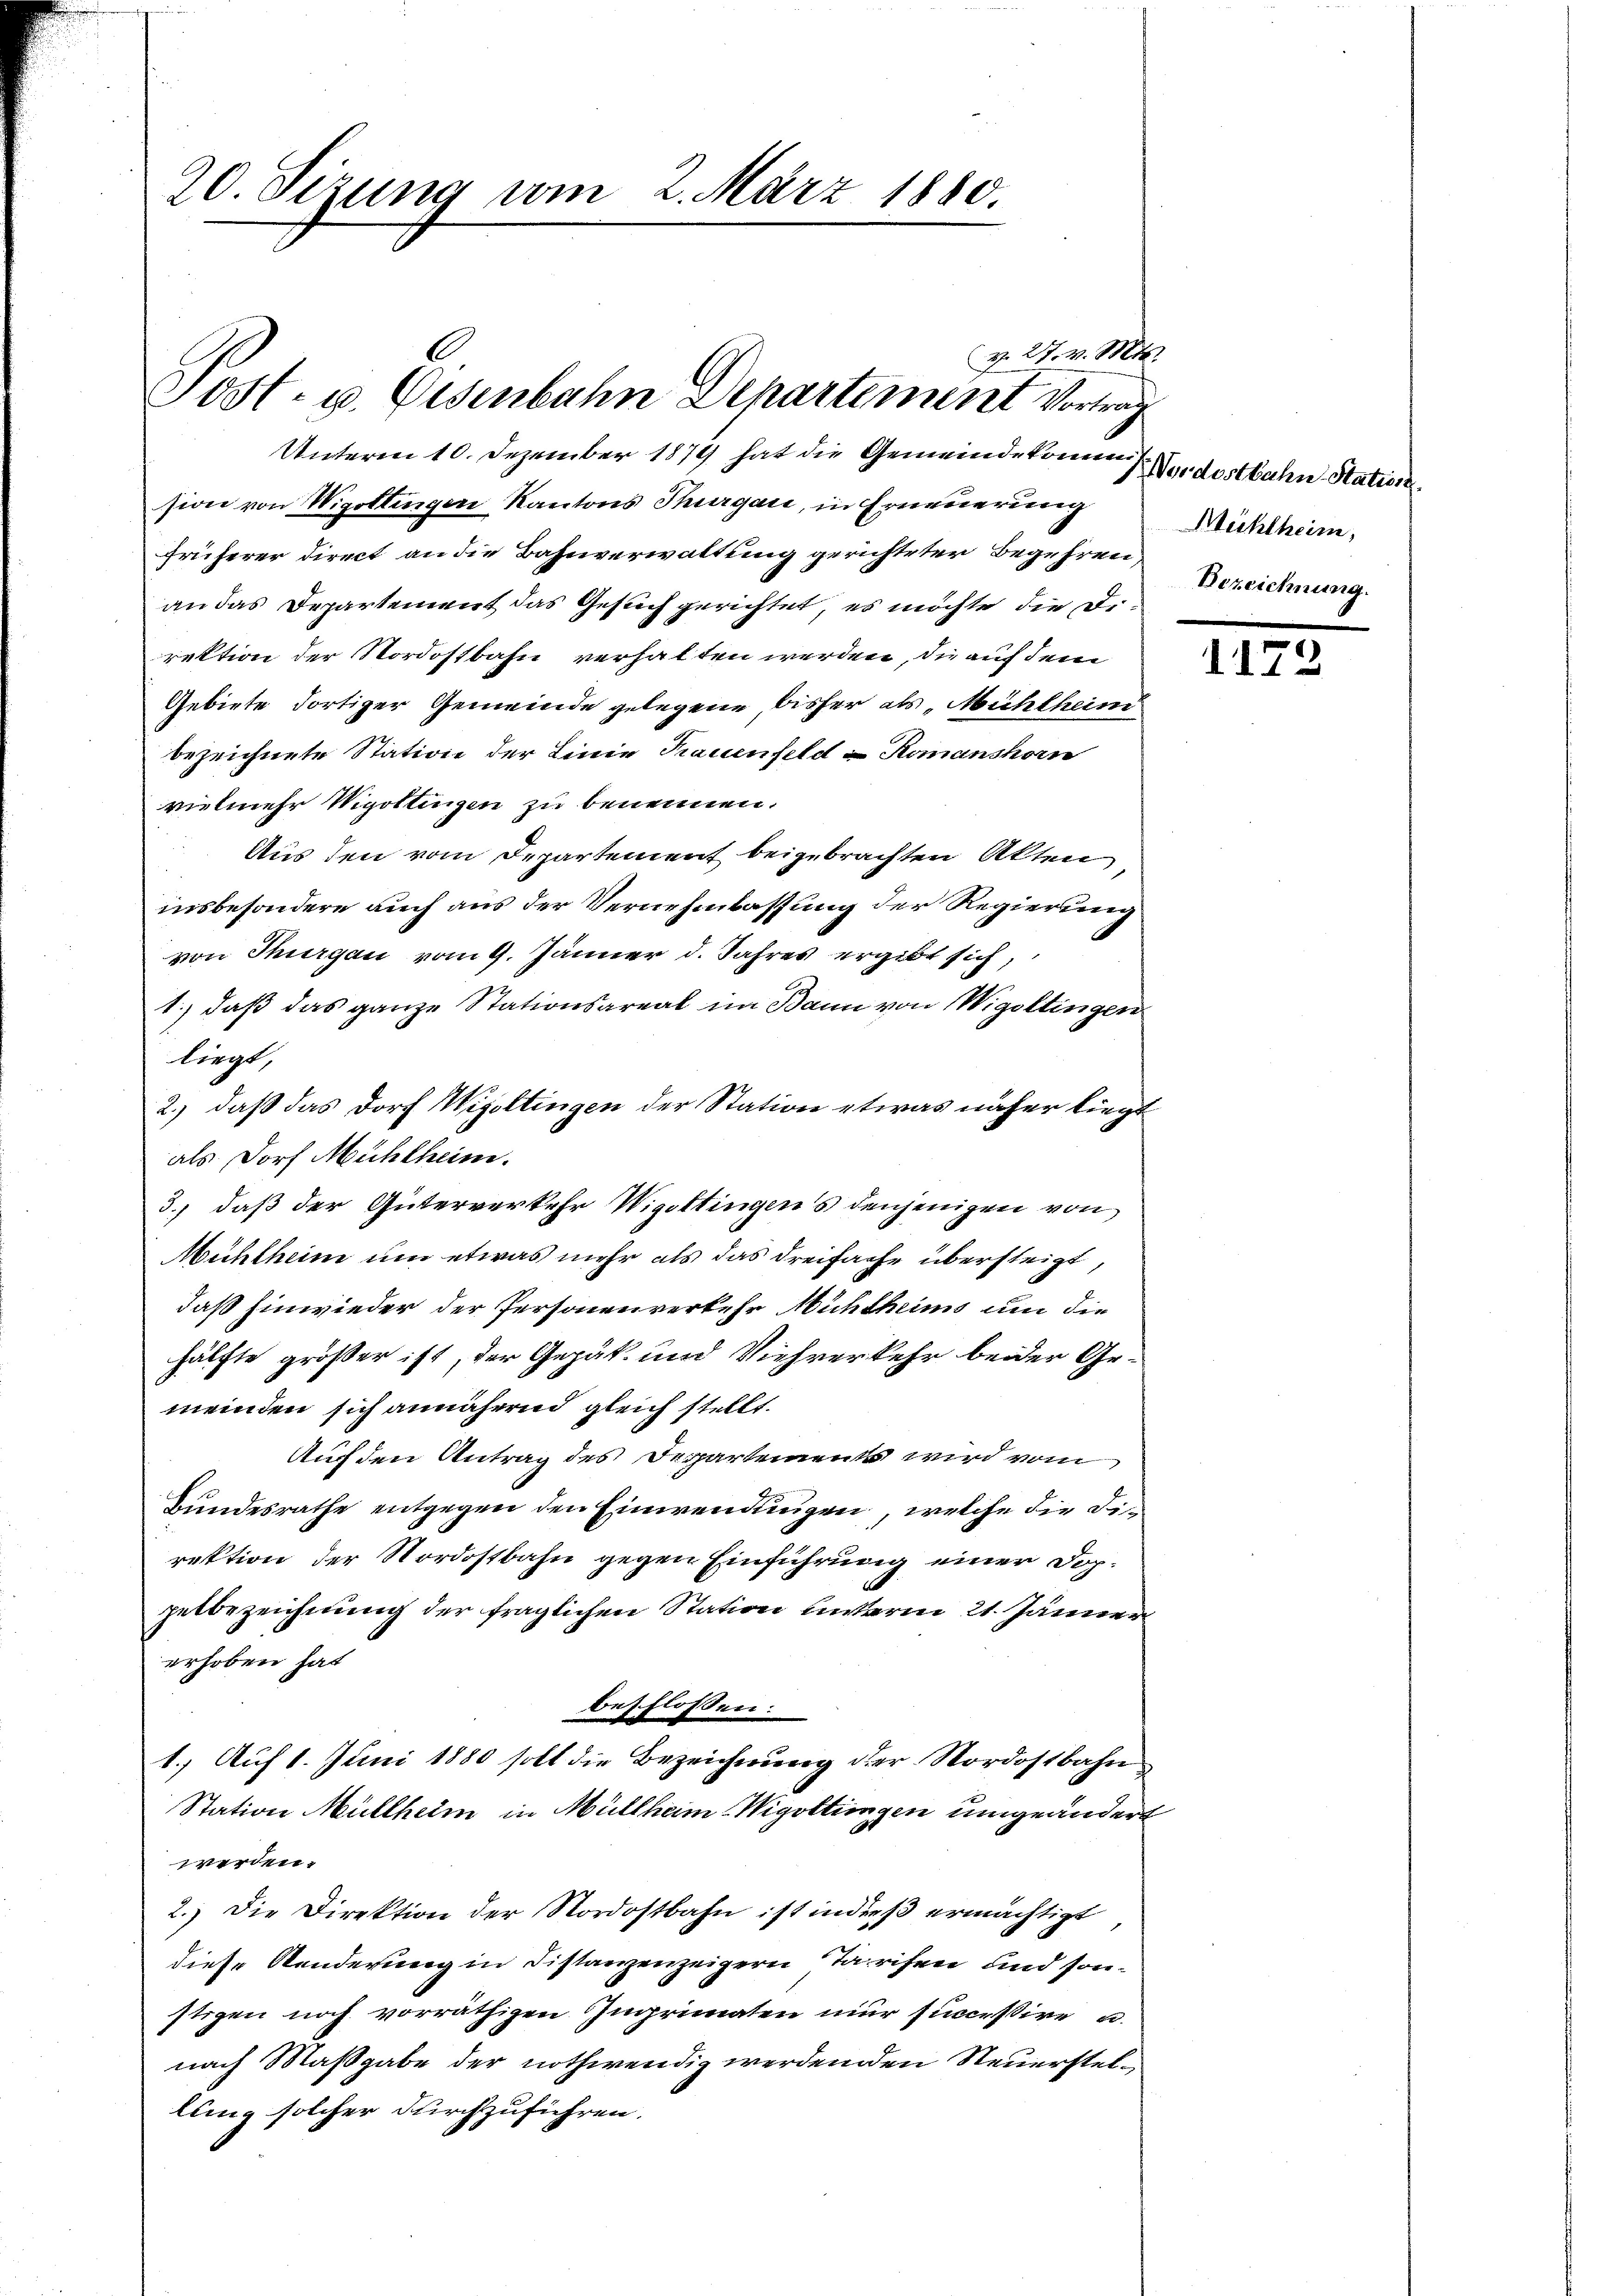
20. Sizung vom 2. März 1880.

v. 27. v. Mts.
Sost- u. Eisenbahn Departement Vortrag

Unterm 10. Dezember 1879 hat die Gemeinde komme Verdostbahn Station
sion von Wigottinger Kantons Thurgau, in Erneuerung
früherer Direct an die Bahnverwaltung gerichteter Begehren,
an das Departement das Gesuch gerichtet, es möchte die Direktion der Nordostbahn verhalten werden, die auf dem
Gebiete dortiger Gemeinde gelegene bisher als „Michlheim
bezeichnete Station der Linie Trauenfeld = Komanshorn
vielmehr Vigottingen zu benennen.
Aus den vom Departement beigebrachten Akten
insbesondere auch aus der Vernehmlassung der Regierung
von Thurgau vom 9. Jänner d. Jahres ergibt sich,
1.) daß das ganze Stationsareal im Bann von Wigoltingen
liegt,
2.) daß das Dorf Wigottingen der Station etwas näher liegt
als Dorf Mühlheim.
3.) daß der Güterverkehr Wigottingens denjenigen von
Mühlheim um etwas mehr als das Dreifache übersteigt,
daß Einwieder der Personenverkehr Mühlheims um die
hälfte größer ist, der Gepäk- und Viehverkehr beider Ge-
meinden sich annähernd gleich stellt.
Auf den Antrag des Departement wird vom
Bundesrathe entgegen den Einwendungen, welche die Direktion der Nordostbahn gegen Einführung einer Doppetbezeichnung der fraglichen Station unterm 21. Jänner
erhoben hat
beschlossen:
1.) Auf 1. Juni 1880 soll die Bezeichnung der Nordostbahn
Station Müllheim in Müllheim Wigottingen umgeändert
werden.
2.) Die Direktion der Nordostbahn ist inders ermächtigt,
diese Aenderung in Distanzenzeigern Tarifen und sonstigen noch vorräthigen Ingrinaten nur successire u.
nach Maßgabe der nothwendig werdenden Steuerstellung solcher durchzuführen.

Mühlheim,
Bezeichnung.

17

3